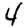
Digit: 4